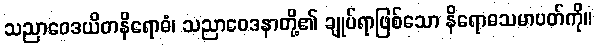
သညာဝေဒယိတနိရောဓံ၊ သညာဝေဒနာတို့၏ ချုပ်ရာဖြစ်သော နိရောဓသမာပတ်ကို။